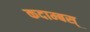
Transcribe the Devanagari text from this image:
कदाम्बस्